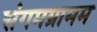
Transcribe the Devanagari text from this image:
संगमग्रामम